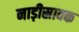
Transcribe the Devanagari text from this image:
नाड़ीस्रावक